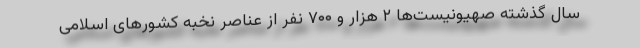
سال گذشته صهیونیست‌ها ۲ هزار و ۷۰۰ نفر از عناصر نخبه کشورهای اسلامی